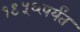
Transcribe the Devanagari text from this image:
१९५६पर्यंत